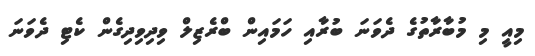
މިއީ މި މުބާރާތުގެ ދެވަނަ ބުރާއި ހަމައިން ބްރެޒިލް ވިދިވިދިގެން ކެޓި ދެވަނަ